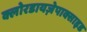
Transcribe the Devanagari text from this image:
क्लोरडायज़ेपाक्साइड